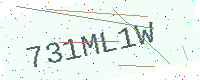
Text: 731ML1W